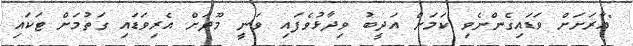
"އާރަށަށް ވަޑައިގެންނެވި ކަމަށް އަދީބު ވިދާޅުވެފައި ވަނީ މޫދަށް އެރިވަޑައި ގަތުމަށް ޓަކައި